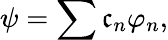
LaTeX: \psi=\sum\mathfrak{c}_{n}\varphi_{n},